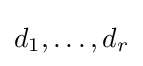
d_{1},\ldots ,d_{r}